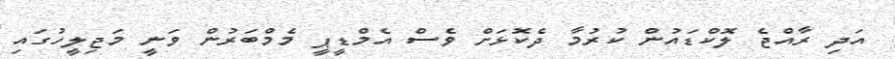
އަދި ރާއްޖެ ލޮކްޑައުން ކުރުމާ ދެކޮޅަށް ވެސް އެމްޑީޕީ މެމްބަރުން ވަނީ މަޖިލީހުގައި